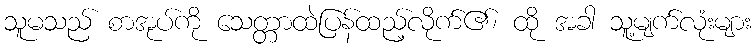
သူမသည် စာအုပ်ကို သေတ္တာထဲပြန်ထည့်လိုက်၏၊ ထို အခါ သူ့မျက်လုံးများ